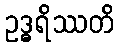
ဥဒ္ဓရိဿတိ